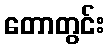
တောတွင်း